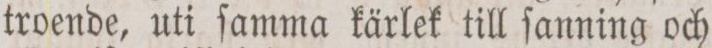
troende, uti ſamma kärlek till ſanning och